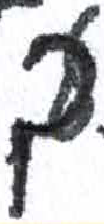
אות: ך